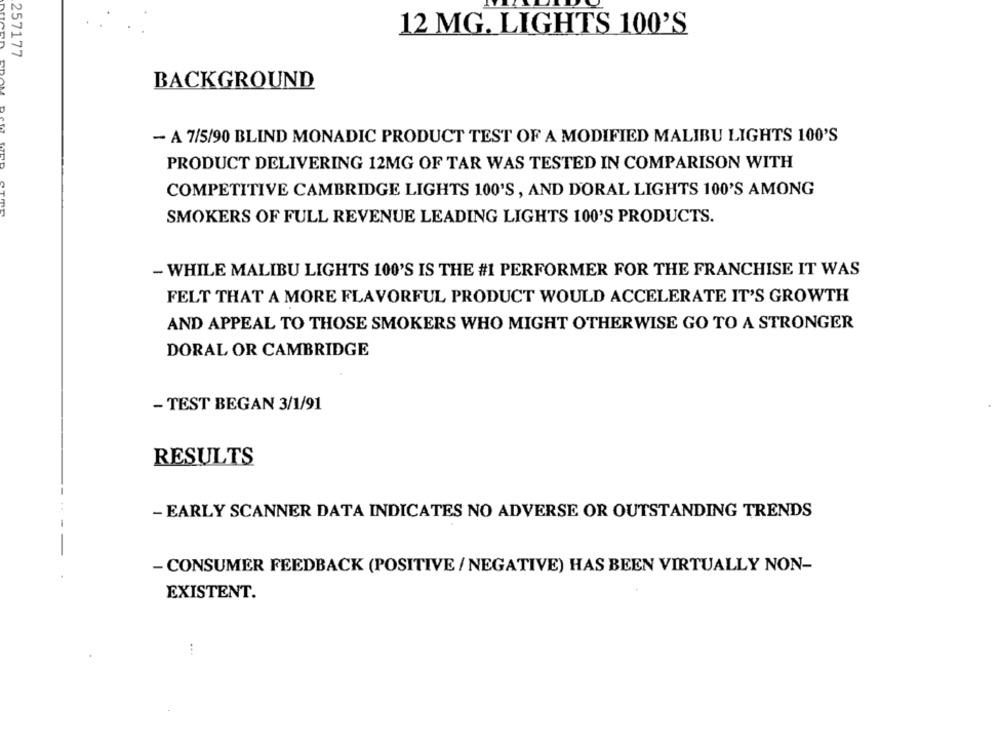
12 MG. LIGHTS 100'S
257177
BACKGROUND
- A 7/5/90 BLIND MONADIC PRODUCT TEST OF A MODIFIED MALIBU LIGHTS 100'S
PRODUCT DELIVERING 12MG OF TAR WAS TESTED IN COMPARISON WITH
COMPETITIVE CAMBRIDGE LIGHTS 100'S , AND DORAL LIGHTS 100'S AMONG
SMOKERS OF FULL REVENUE LEADING LIGHTS 100'S PRODUCTS.
- WHILE MALIBU LIGHTS 100'S IS THE #1 PERFORMER FOR THE FRANCHISE IT WAS
FELT THAT A MORE FLAVORFUL PRODUCT WOULD ACCELERATE IT'S GROWTH
AND APPEAL TO THOSE SMOKERS WHO MIGHT OTHERWISE GO TO A STRONGER
DORAL OR CAMBRIDGE
- TEST BEGAN 3/1/91
RESULTS
- EARLY SCANNER DATA INDICATES NO ADVERSE OR OUTSTANDING TRENDS
- CONSUMER FEEDBACK (POSITIVE / NEGATIVE) HAS BEEN VIRTUALLY NON-
EXISTENT.